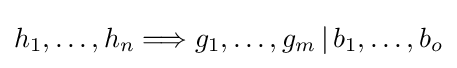
h_{1},\dots ,h_{n}\Longrightarrow g_{1},\dots ,g_{m}\,|\,b_{1},\dots ,b_{o}